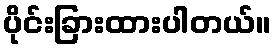
ပိုင်းခြားထားပါတယ်။